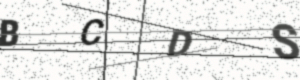
Text: BCDS